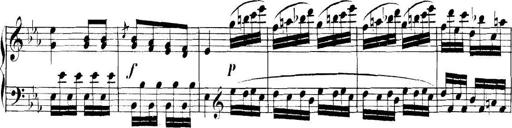
Title: Collected Piano Sonatas
Composer: Muzio Clementi